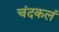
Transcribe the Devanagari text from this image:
चंदकलं